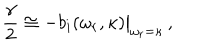
{ \frac { \gamma } { 2 } } \cong - b _ { i } ( \omega _ { r } , \kappa ) { \big \vert } _ { \omega _ { r } = \kappa } \, ,